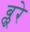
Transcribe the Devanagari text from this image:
ब्लूरे